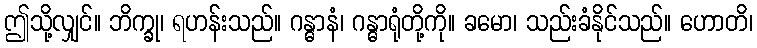
ဤသို့လျှင်။ ဘိက္ခု၊ ရဟန်းသည်။ ဂန္ဓာနံ၊ ဂန္ဓာရုံတို့ကို။ ခမော၊ သည်းခံနိုင်သည်။ ဟောတိ၊